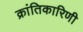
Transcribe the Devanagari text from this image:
क्रांतिकारिणी